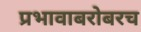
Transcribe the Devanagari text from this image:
प्रभावाबरोबरच